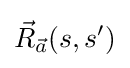
{\vec {R}}_{\vec {a}}(s,s')